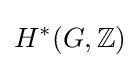
H^{*}(G,\mathbb {Z} )